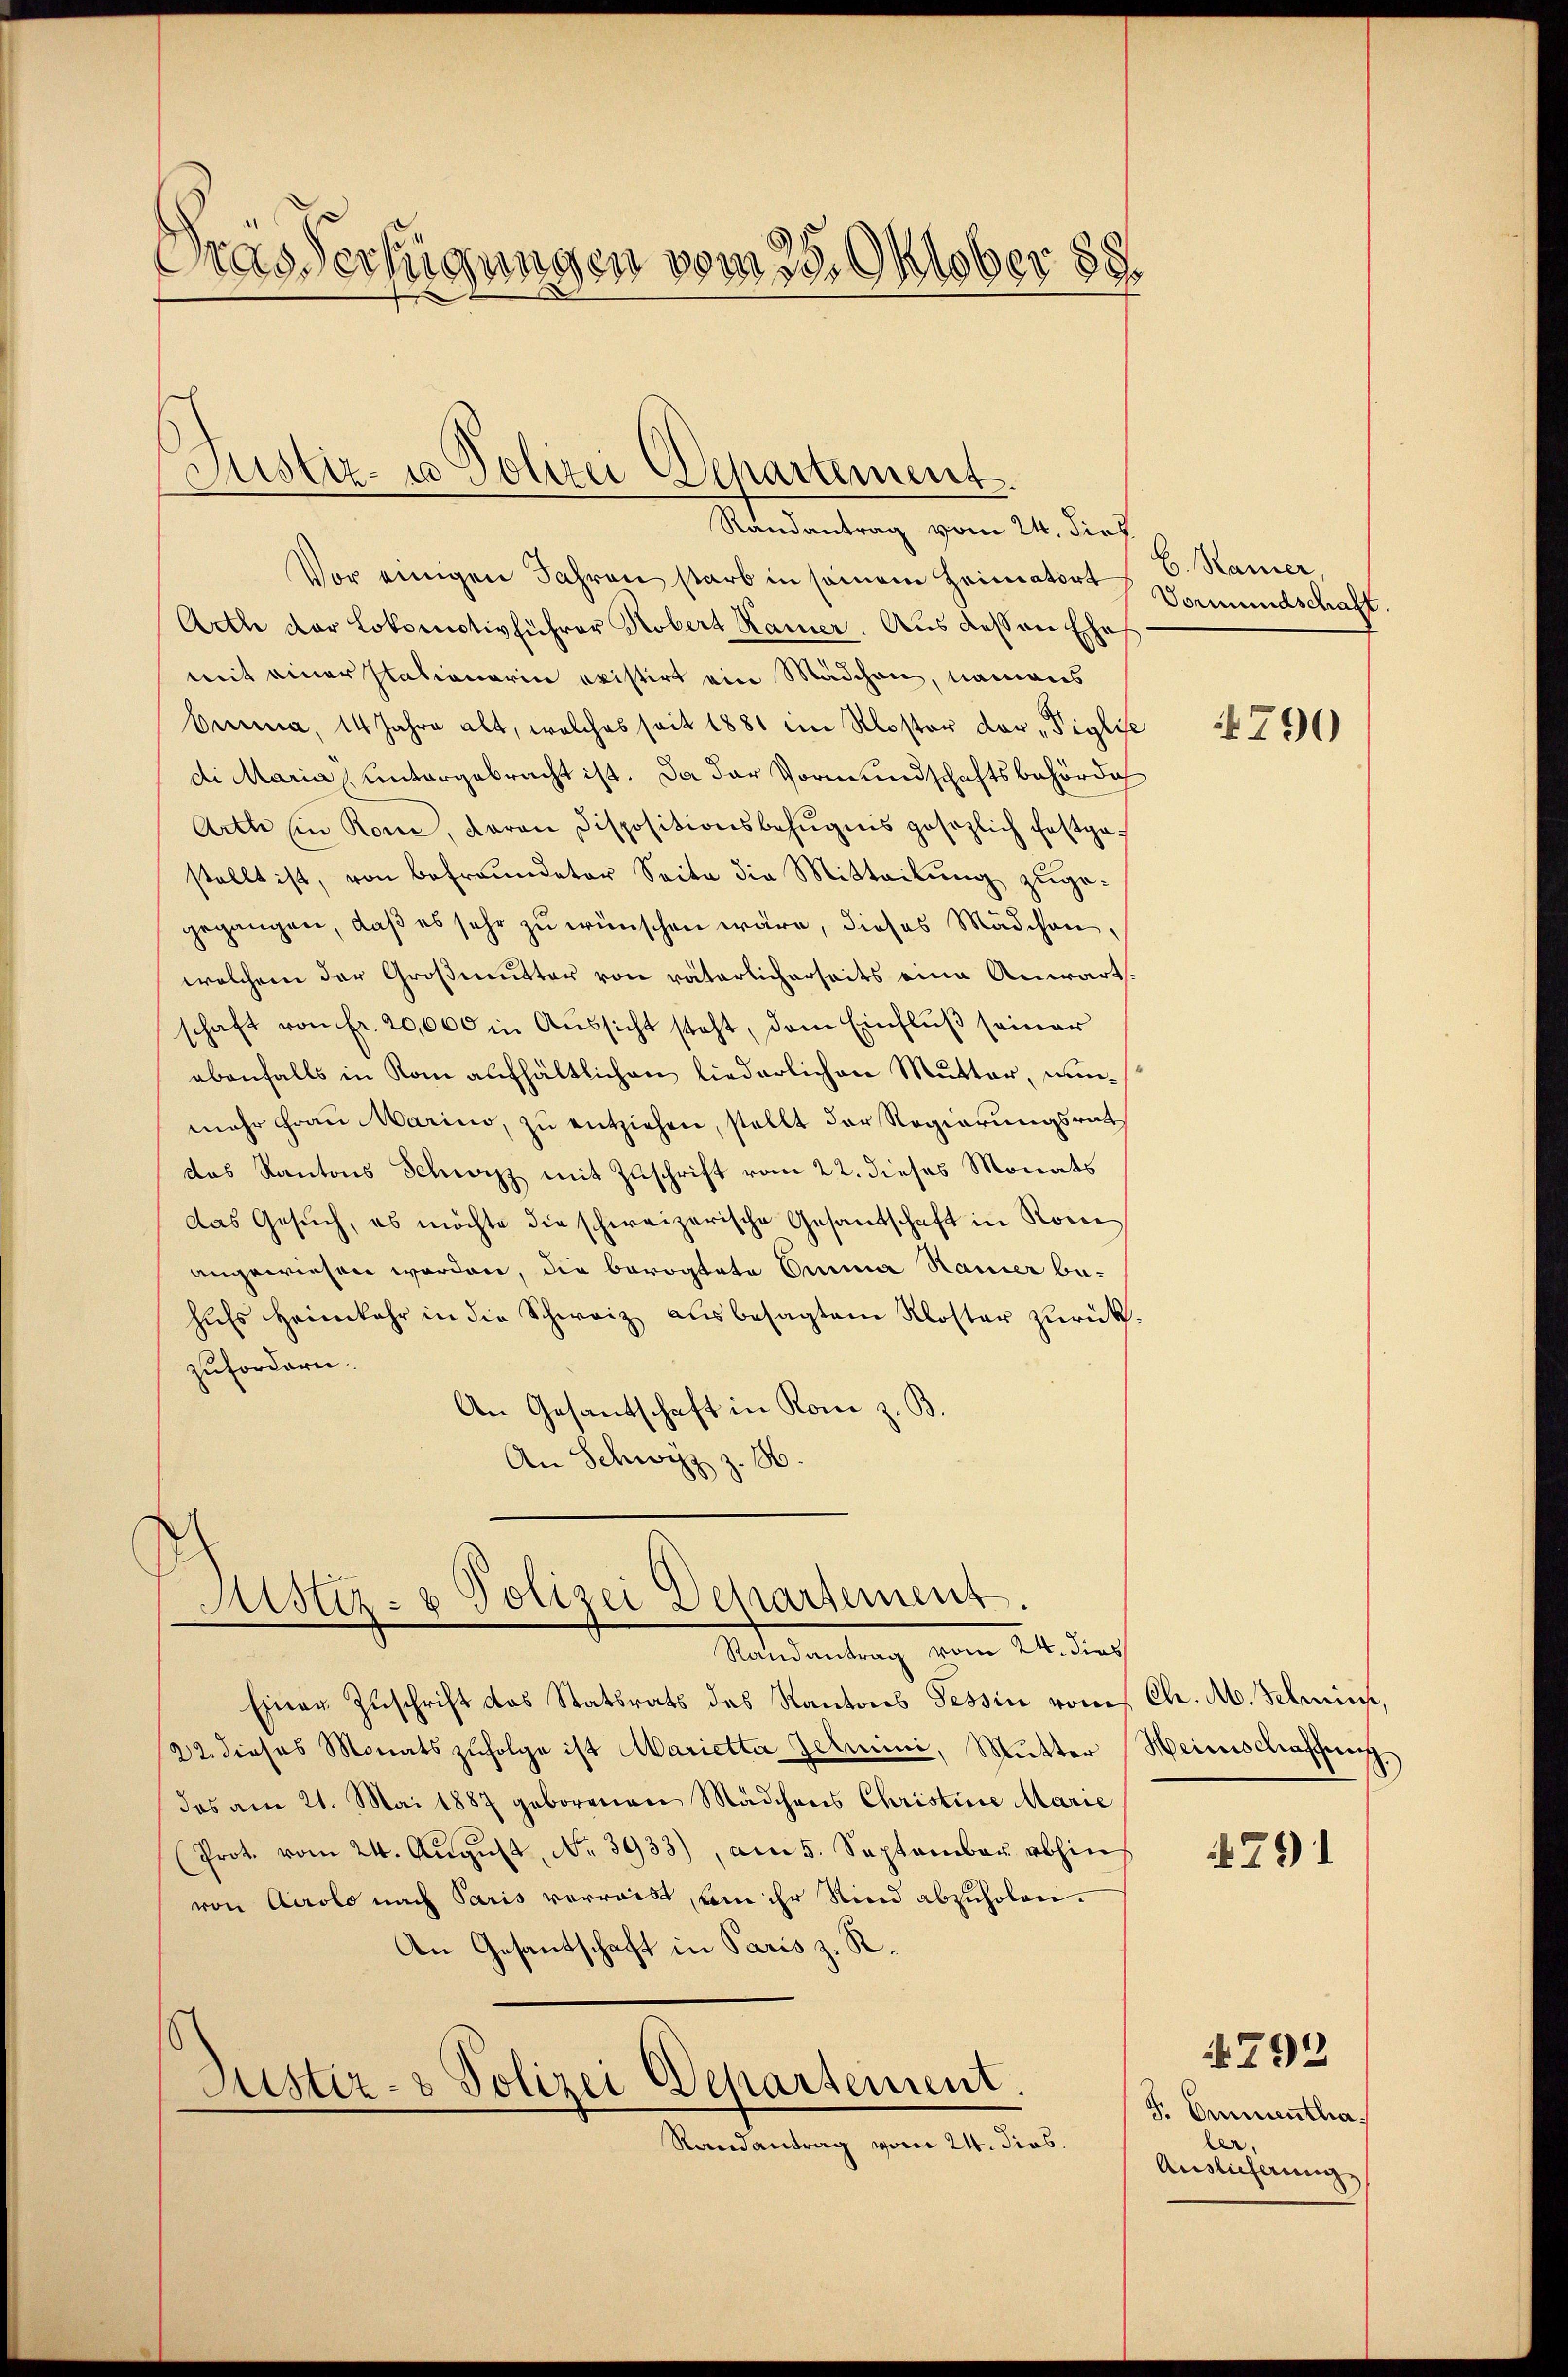
Orasverfügungen vom 28. Oktober 188

Justiz- u Polizei Departement.
Randantrag vom 24. dies

Vor einigen Jahren starb in seinem Heimator Vormundschaft.
Arthe der Lokomotivführer Kobert Kamer. Aus dessen Ehe
mit einer stationarin existirt ein Mädchen, namens
brea, 14 Jahre alt, welches seit 1881 im Kloster der „Figlic
di Maria untergebracht ist. Da der Vormundschaftsbehörde
Arth ein Rom, daran dispositionsbefugnis gesezlich festge-
stellt ist, von befreundeter Seite die Mitteilŭng zugegegangen, daß es sehr zu wünschen wäre, dieses Mädchen,
welchem der Großmutter von väterlicherseits eine Anwart.
schaft von fr. 20,000 in Aussicht steht, dem Einfluß seiner
abenfalls in Kom aufhältlichen liederlichen Mutter, nunmehr Fraŭ Marino, zu entziehen, stellt der Regierungsrat
das Kantons Schwyz mit Zuschrift vom 22. dieses Monats
das Gesŭch, es möchte die schweizerische Gesandtschaft in Rome
angewiesen worden, die bevogtete Anna Ramer behŭfs Heimkehr in die Schweiz ausbesagtem Kloster zŭrück.
zufordern.
An Gesantschaft in Rom z. B.
An Schwyz z. B.

Ristiz- & Polizei Departement.
Randantrag vom 24. dies

Einer Zuschrift das Statsrats des Kantons Tessin vom Ch. Ab. Schein,
22. dieses Monatszŭfolge ist Marietta Zelmini, Mutter Heimschaffung
das am 21. Mai 1887 geborenen Mädchens Christine Marie
(Prot. vom 24. Aŭgŭst No. 3933), am 5. September abhin
von Airolo nach Paris verreist, um ihr Kind abzuholen.
An Gesantschaft in Paris z. R.

Justiz- & Polizei Departement.

Randantrag vom 24. dies

b. Ramer,

1790

79) 1

S. Emmentha.
ler.
Auslieferung

792